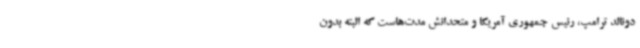
دونالد ترامپ، رئیس جمهوری آمریکا و متحدانش مدت‌هاست که البته بدون